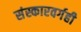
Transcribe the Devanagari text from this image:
संस्कारवर्गही